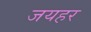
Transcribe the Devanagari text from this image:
जयहर